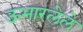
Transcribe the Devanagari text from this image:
ऊभारलेले